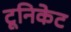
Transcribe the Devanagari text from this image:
टूनिकेट